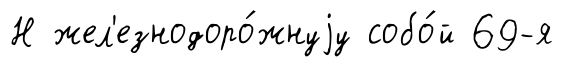
Н жел'езнодоро́жнуjу собо́й 69-я